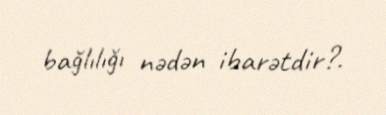
bağlılığı nədən ibarətdir?.